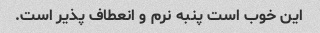
این خوب است پنبه نرم و انعطاف پذیر است.